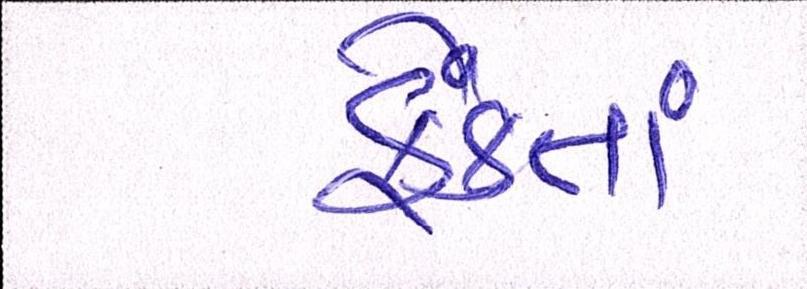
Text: ફેંકતાં